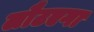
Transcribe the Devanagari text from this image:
लौटएगा